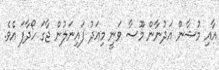
އާއި މުޝާން އަދުނާން މޫސާ ވަނީ މިއަދު ފައިނަލުން ޖާގަ ހޯދާފަ އެވެ.